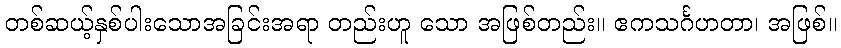
တစ်ဆယ့်နှစ်ပါးသောအခြင်းအရာ တည်းဟူ သော အဖြစ်တည်း။ ဧကသင်္ဂဟတာ၊ အဖြစ်။